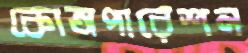
কোঅপারেশন